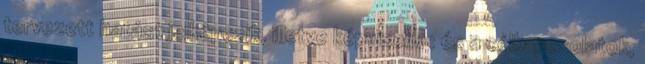
tervezett hatást jelképezik, illetve képviselik ; és a célkapcsolatok,